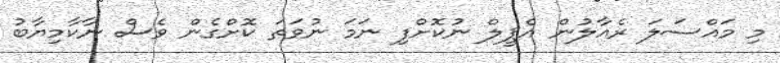
މި މައްސަލަ ރެއާލުން އެޕީލް ނުކޮށްފި ނަމަ ނުވަތަ ކޮށްގެން ވެސް ނާކާމިޔާބު